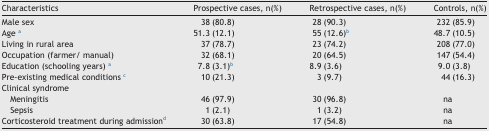
<table><thead><tr><td><b>Characteristics</b></td><td><b>Prospective cases, n(%)</b></td><td><b>Retrospective cases, n(%)</b></td><td><b>Controls, n(%)</b></td></tr></thead><tbody><tr><td>Male sex</td><td>38 (80.8)</td><td>28 (90.3)</td><td>232 (85.9)</td></tr><tr><td>Age a</td><td>51.3 (12.1)</td><td>55 (12.6)b</td><td>48.7 (10.5)</td></tr><tr><td>Living in rural area</td><td>37 (78.7)</td><td>23 (74.2)</td><td>208 (77.0)</td></tr><tr><td>Occupation (farmer/ manual)</td><td>32 (68.1)</td><td>20 (64.5)</td><td>147 (54.4)</td></tr><tr><td>Education (schooling years) a</td><td>7.8 (3.1)b</td><td>8.9 (3.6)</td><td>9.0 (3.8)</td></tr><tr><td>Pre-existing medical conditions c</td><td>10 (21.3)</td><td>3 (9.7)</td><td>44 (16.3)</td></tr><tr><td>Clinical syndrome</td><td></td><td></td><td></td></tr><tr><td> Meningitis</td><td>46 (97.9)</td><td>30 (96.8)</td><td>na</td></tr><tr><td> Sepsis</td><td>1 (2.1)</td><td>1 (3.2)</td><td>na</td></tr><tr><td>Corticosteroid treatment during admissiond</td><td>30 (63.8)</td><td>17 (54.8)</td><td>na</td></tr></tbody></table>